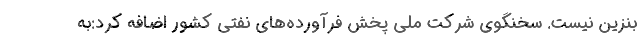
بنزین نیست. سخنگوی شرکت ملی پخش فرآورده‌های نفتی کشور اضافه کرد:به